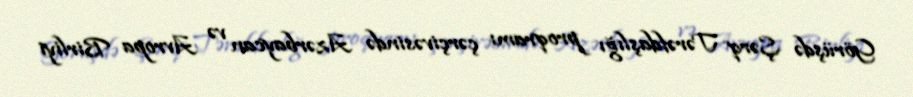
Görüşdə Şərq Tərəfdaşlığı proqramı çərçivəsində Azərbaycan və Avropa Birliyi